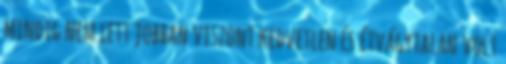
mindig nem lett jobban viszont kedvetlen és étvágytalan volt